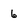
Character: 6